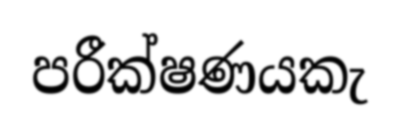
පරීක්ෂණයකැ